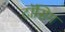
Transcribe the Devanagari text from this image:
टॉसिग